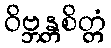
ဝိဗ္ဘန္တစိတ္တံ